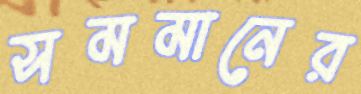
সমমানের